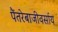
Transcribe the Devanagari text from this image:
पैंतरेबाजीवर्साय